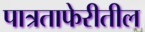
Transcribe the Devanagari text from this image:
पात्रताफेरीतील